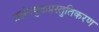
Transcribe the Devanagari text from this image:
प्रसंगयुक्तप्रस्तुतिकरण